Report of an investigation of the epidemic of malarial fever in Assam, or, kala-azar
Disease focus: Malaria
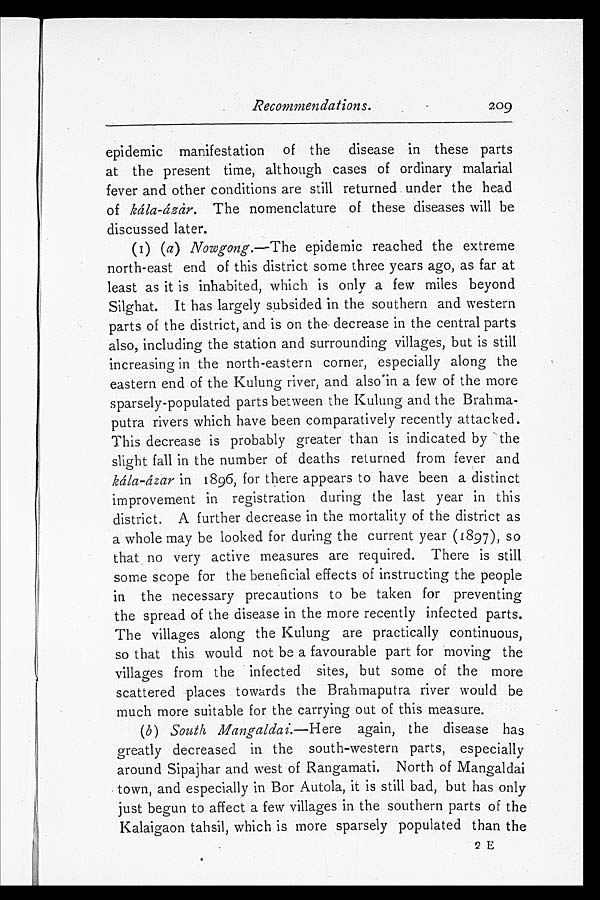
Recommendations.
209
epidemic manifestation of the disease in these parts
at the present time, although cases of ordinary malarial
fever and other conditions are still returned under the head
of kála-ázar. The nomenclature of these diseases will be
discussed later.
(I) (a) Nowgong. —The epidemic reached the extreme
north-east end of this district some three years ago, as far at
least as it is inhabited, which is only a few miles beyond
Silghat. It has largely subsided in the southern and western
parts of the district, and is on the decrease in the central parts
also, including the station and surrounding villages, but is still
increasing in the north-eastern corner, especially along the
eastern end of the Kulung river, and also in a few of the more
sparsely-populated parts between the Kulung and the Brahma-
putra rivers which have been comparatively recently attacked.
This decrease is probably greater than is indicated by the
slight fall in the number of deaths returned from fever and
kála-ázar in 1896, for there appears to have been a distinct
improvement in registration during the last year in this
district. A further decrease in the mortality of the district as
a whole may be looked for during the current year (1897), so
that no very active measures are required. There is still
some scope for the beneficial effects of instructing the people
in the necessary precautions to be taken for preventing
the spread of the disease in the more recently infected parts.
The villages along the Kulung are practically continuous,
so that this would not be a favourable part for moving the
villages from the infected sites, but some of the more
scattered places towards the Brahmaputra river would be
much more suitable for the carrying out of this measure.
(b) South Mangaldai. —Here again, the disease has
greatly decreased in the south-western parts, especially
around Sipajhar and west of Rangamati. North of Mangaldai
town, and especially in Bor Autola, it is still bad, but has only
just begun to affect a few villages in the southern parts of the
Kalaigaon tahsil, which is more sparsely populated than the
2 E